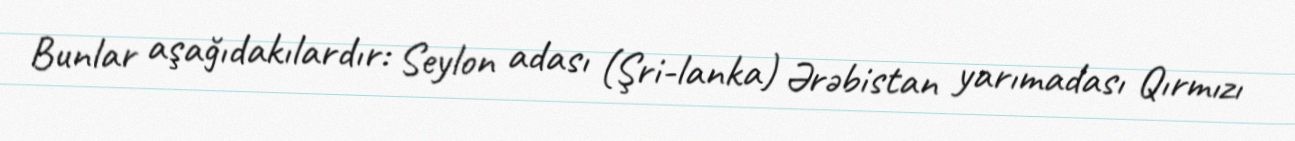
Bunlar aşağıdakılardır: Seylon adası (Şri-lanka) Ərəbistan yarımadası Qırmızı